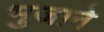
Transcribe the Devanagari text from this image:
भुजाने